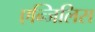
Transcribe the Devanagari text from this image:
एन्जिलिस